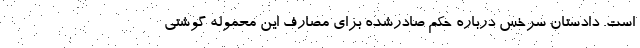
است. دادستان سرخس درباره حکم صادرشده برای مصارف این محموله گوشتی